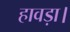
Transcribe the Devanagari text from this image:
हावड़ा।